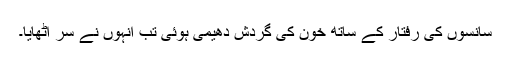
سانسوں کی رفتار کے ساتھ خون کی گردش دھیمی ہوئی تب انہوں نے سر اٹھایا۔